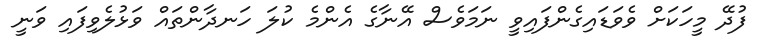
ފުދޭ މީހަކަށް ވެވަޑައިގެންފައިވީ ނަމަވެސް އޭނާގެ އެންމެ ކުލަ ހަނދާންތައް ވަޅުލެވިފައި ވަނީ